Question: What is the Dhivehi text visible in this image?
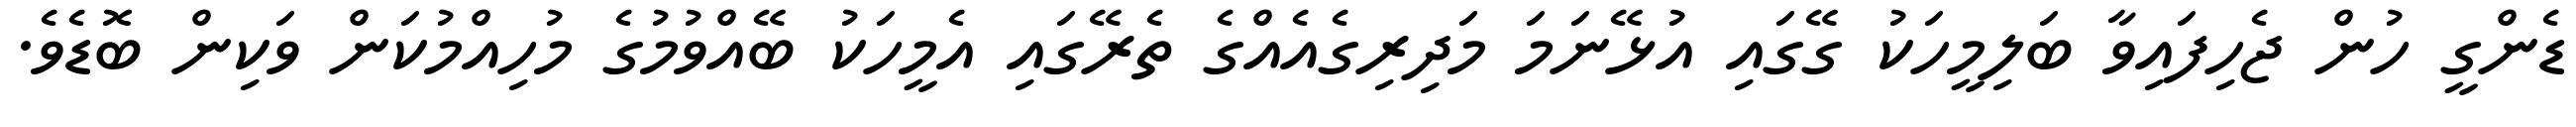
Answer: ޑެންގީ ހުން ޖެހިފައިވާ ބަލިމީހަކު ގޭގައި އުޅޭނަމަ މަދިރިގެއެއްގެ ތެރޭގައި އެމީހަކު ބޭއްވުމުގެ މުހިއްމުކަން ވަކިން ބޮޑެވެ.